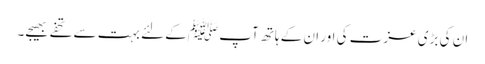
ان کی بڑی عزت کی اور ان کے ہاتھ آپ ﷺکے لئے بہت سے تحفے بھیجے۔